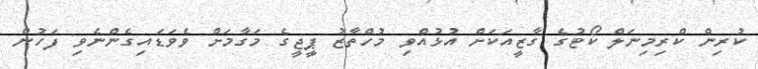
ކުރިން ކްރިމިނަލް ކޯޓުގެ ގާޒީއަކަށް އުޅުއްވި މުހްތާޒު ޕީޖީގެ މަގާމަށް ވެވަޑައިގެންނެވި ފަހުން